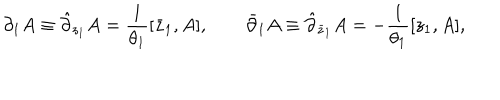
\partial _ { 1 } A \equiv \hat { \partial } _ { z _ { 1 } } A = { \frac { 1 } { \theta _ { 1 } } } [ \bar { z } _ { 1 } , A ] , \qquad \bar { \partial } _ { 1 } A \equiv \hat { \partial } _ { \bar { z } _ { 1 } } A = - { \frac { 1 } { \theta _ { 1 } } } [ z _ { 1 } , A ] ,